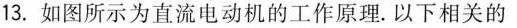
13.如图所示为直流电动机的工作原理。以下相关的